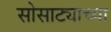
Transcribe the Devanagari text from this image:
सोसाट्याच्या